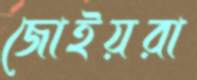
জোইয়রা